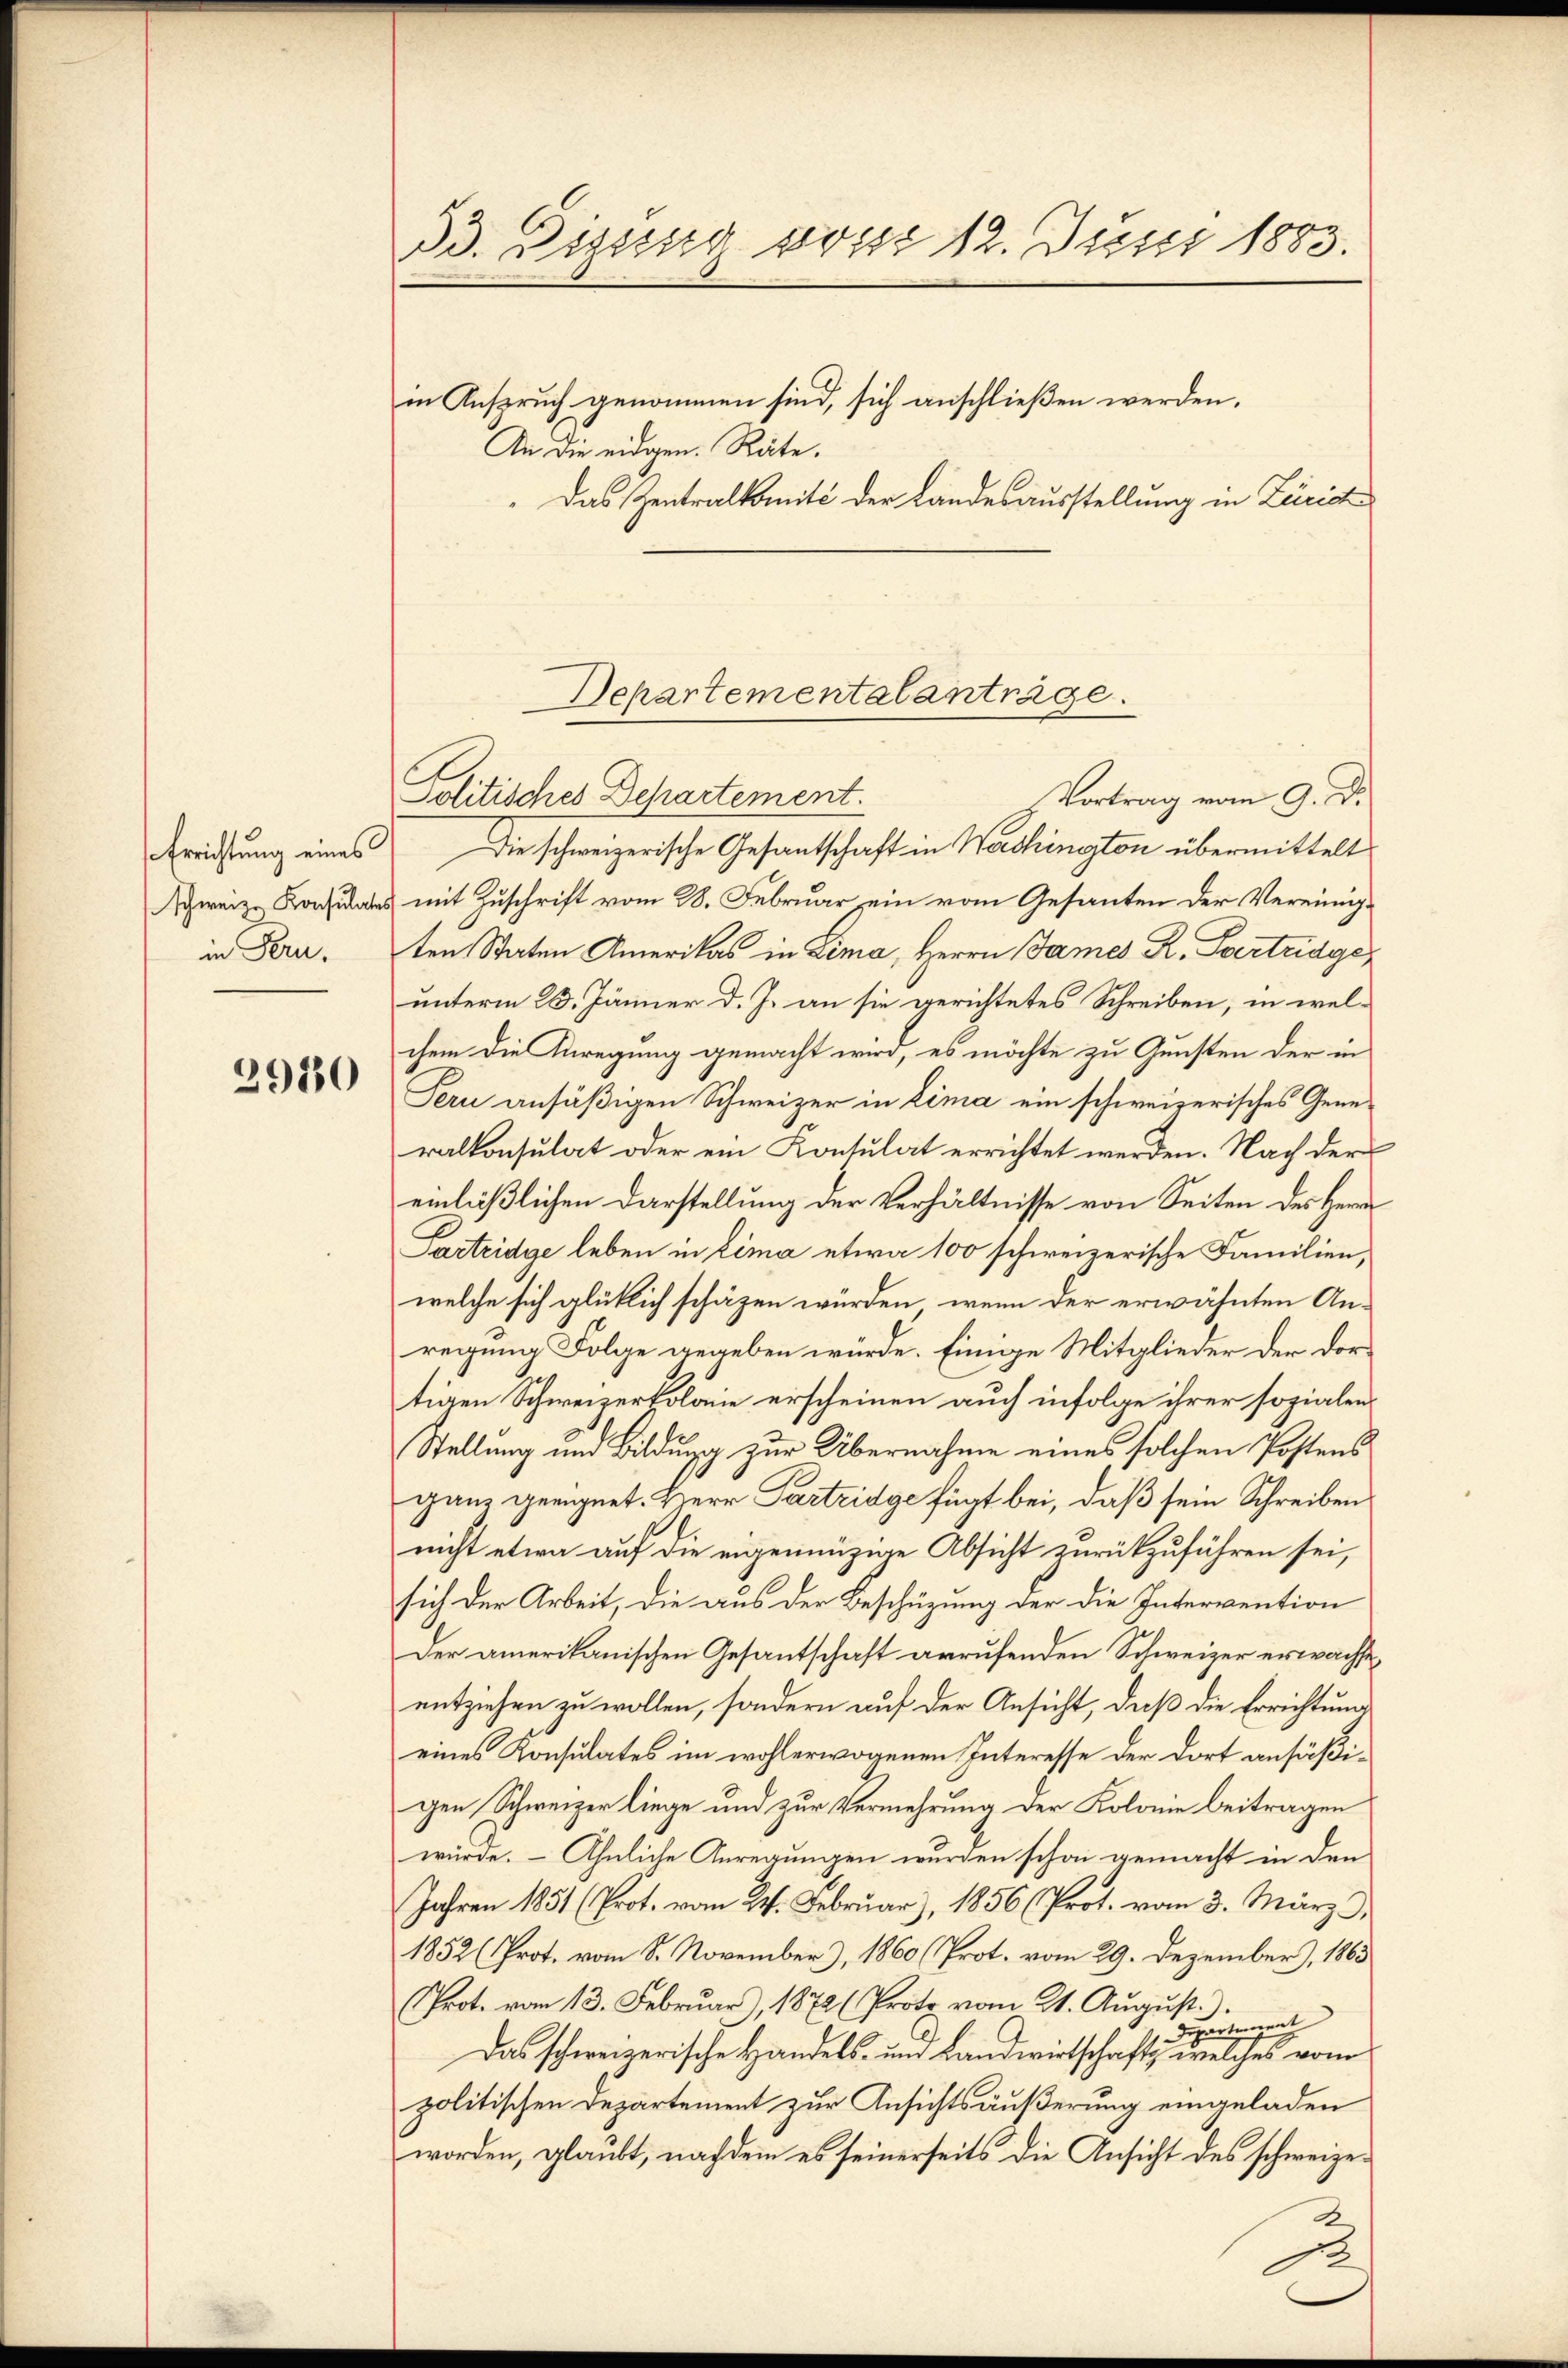
Errichtung eines
schweiz. Konsulate
in Fern.

2950

33. Dieser posse 12. Justi 1883.
in Anspruch genommen sind, sich anschließen werden.
An die eidgen. Räte.
Das Zentralkomité der Landesausstellung in Zürich

Departementalanträge.
Politisches Departement.

Vortrag vom 9. D.
Die schweizerische Gesantschaft in Washington übermittelt
mit Zuschrift vom 28. Februar ein vom Gesanten der Vereinigten Staten Amerikas in Lima, Herrn James R. Parteidgeunterm 23. Jänner d. J. an sie gerichtetes Schreiben, in welchem die Anregung gemacht wird, es möchte zu Gunsten der in
Pern ansäßigen Schweizer in Lima ein schweizerisches Generalkonsulat oder ein Konsulat errichtet werden. Nach der
einläßlichen Darstellung der Verhältnisse von Seiten des Herrn
Parteidge leben in Lima etwa 100 schweizerische Familien,
welche sich glücklich schäfen würden, wenn der erwähnten Anregung Folge gegeben würde. Einige Mitglieder der dortigen Schweizerkolonie erscheinen auch infolge ihrer sozialen¬
Stellung und Bildung zur Übernahme eines solchen Postens
ganz geeignet. Herr Parteidge fügt bei, daß sein Schreiben
nicht etwa auf die eigennüzige Absicht zurückzuführen sei,
sich der Arbeit, die aus der Beschüzung der die Intervention
Der amerikanischen Gesantschaft arrufenden Schweizer erwachseentziehen zu wollen, sondern auf der Ansicht, daß die Errichtung
eines Konsulates im wohlerwogenen Interesse der dort ansäßigen Schweizer liege und zur Vermehrung der Kolonie beitragen
würde. – Ähnliche Anregungen wurden schon gemacht in den
Jahren 1851 (Prot. vom 24. Februar), 1856 (Prot. vom 3. März d.
1852 (Prot. vom 8. November), 1860 (Prot. vom 29. Dezember), 1863
Prot. vom 13. Februar), 1872 (Proto vom 21. August).
Departemen
Das schweizerische Handels- und Landwirtschafts welches vom
politischen Departement zur Ansichtsäußerung eingeladen
worden, glaubt, nachdem es seinerseits die Ansicht des schweize¬
1